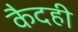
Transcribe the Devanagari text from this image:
कैदही